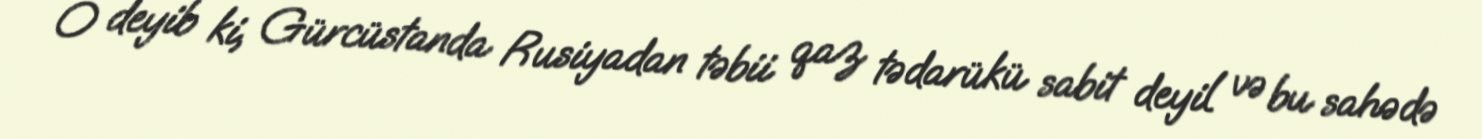
O deyib ki, Gürcüstanda Rusiyadan təbii qaz tədarükü sabit deyil və bu sahədə